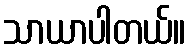
သာယာပါတယ်။